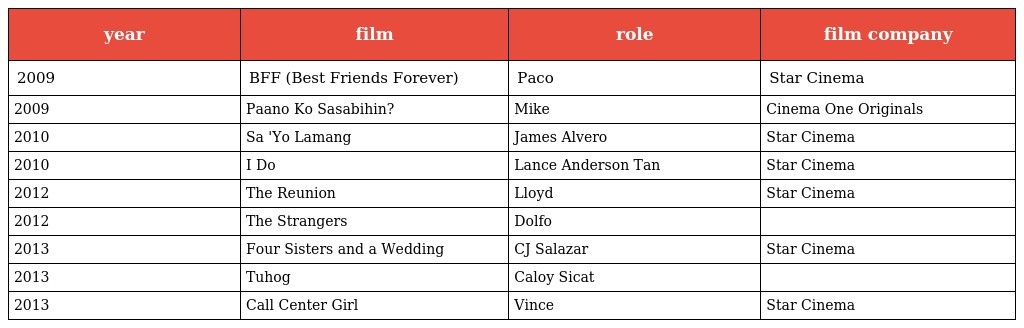
| year | film | role | film company |
 | --- | --- | --- | --- |
 | 2009 | BFF (Best Friends Forever) | Paco | Star Cinema |
 | 2009 | Paano Ko Sasabihin? | Mike | Cinema One Originals |
 | 2010 | Sa 'Yo Lamang | James Alvero | Star Cinema |
 | 2010 | I Do | Lance Anderson Tan | Star Cinema |
 | 2012 | The Reunion | Lloyd | Star Cinema |
 | 2012 | The Strangers | Dolfo |  |
 | 2013 | Four Sisters and a Wedding | CJ Salazar | Star Cinema |
 | 2013 | Tuhog | Caloy Sicat |  |
 | 2013 | Call Center Girl | Vince | Star Cinema |